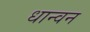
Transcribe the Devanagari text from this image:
धान्वन